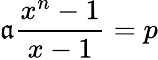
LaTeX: \mathfrak{a}{\frac{{x^{n}-1}}{{x-1}}}=p